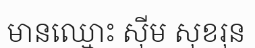
មានឈ្មោះ ស៊ីម សុខរុន